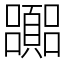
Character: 嚻